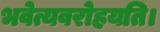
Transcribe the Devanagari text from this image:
भवेत्यवरोहयति।